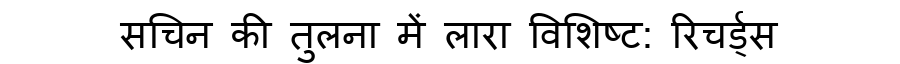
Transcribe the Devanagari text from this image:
सचिन की तुलना में लारा विशिष्ट: रिचर्ड्स